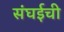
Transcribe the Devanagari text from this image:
संघईची